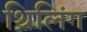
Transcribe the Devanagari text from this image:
थ्रिलिंग